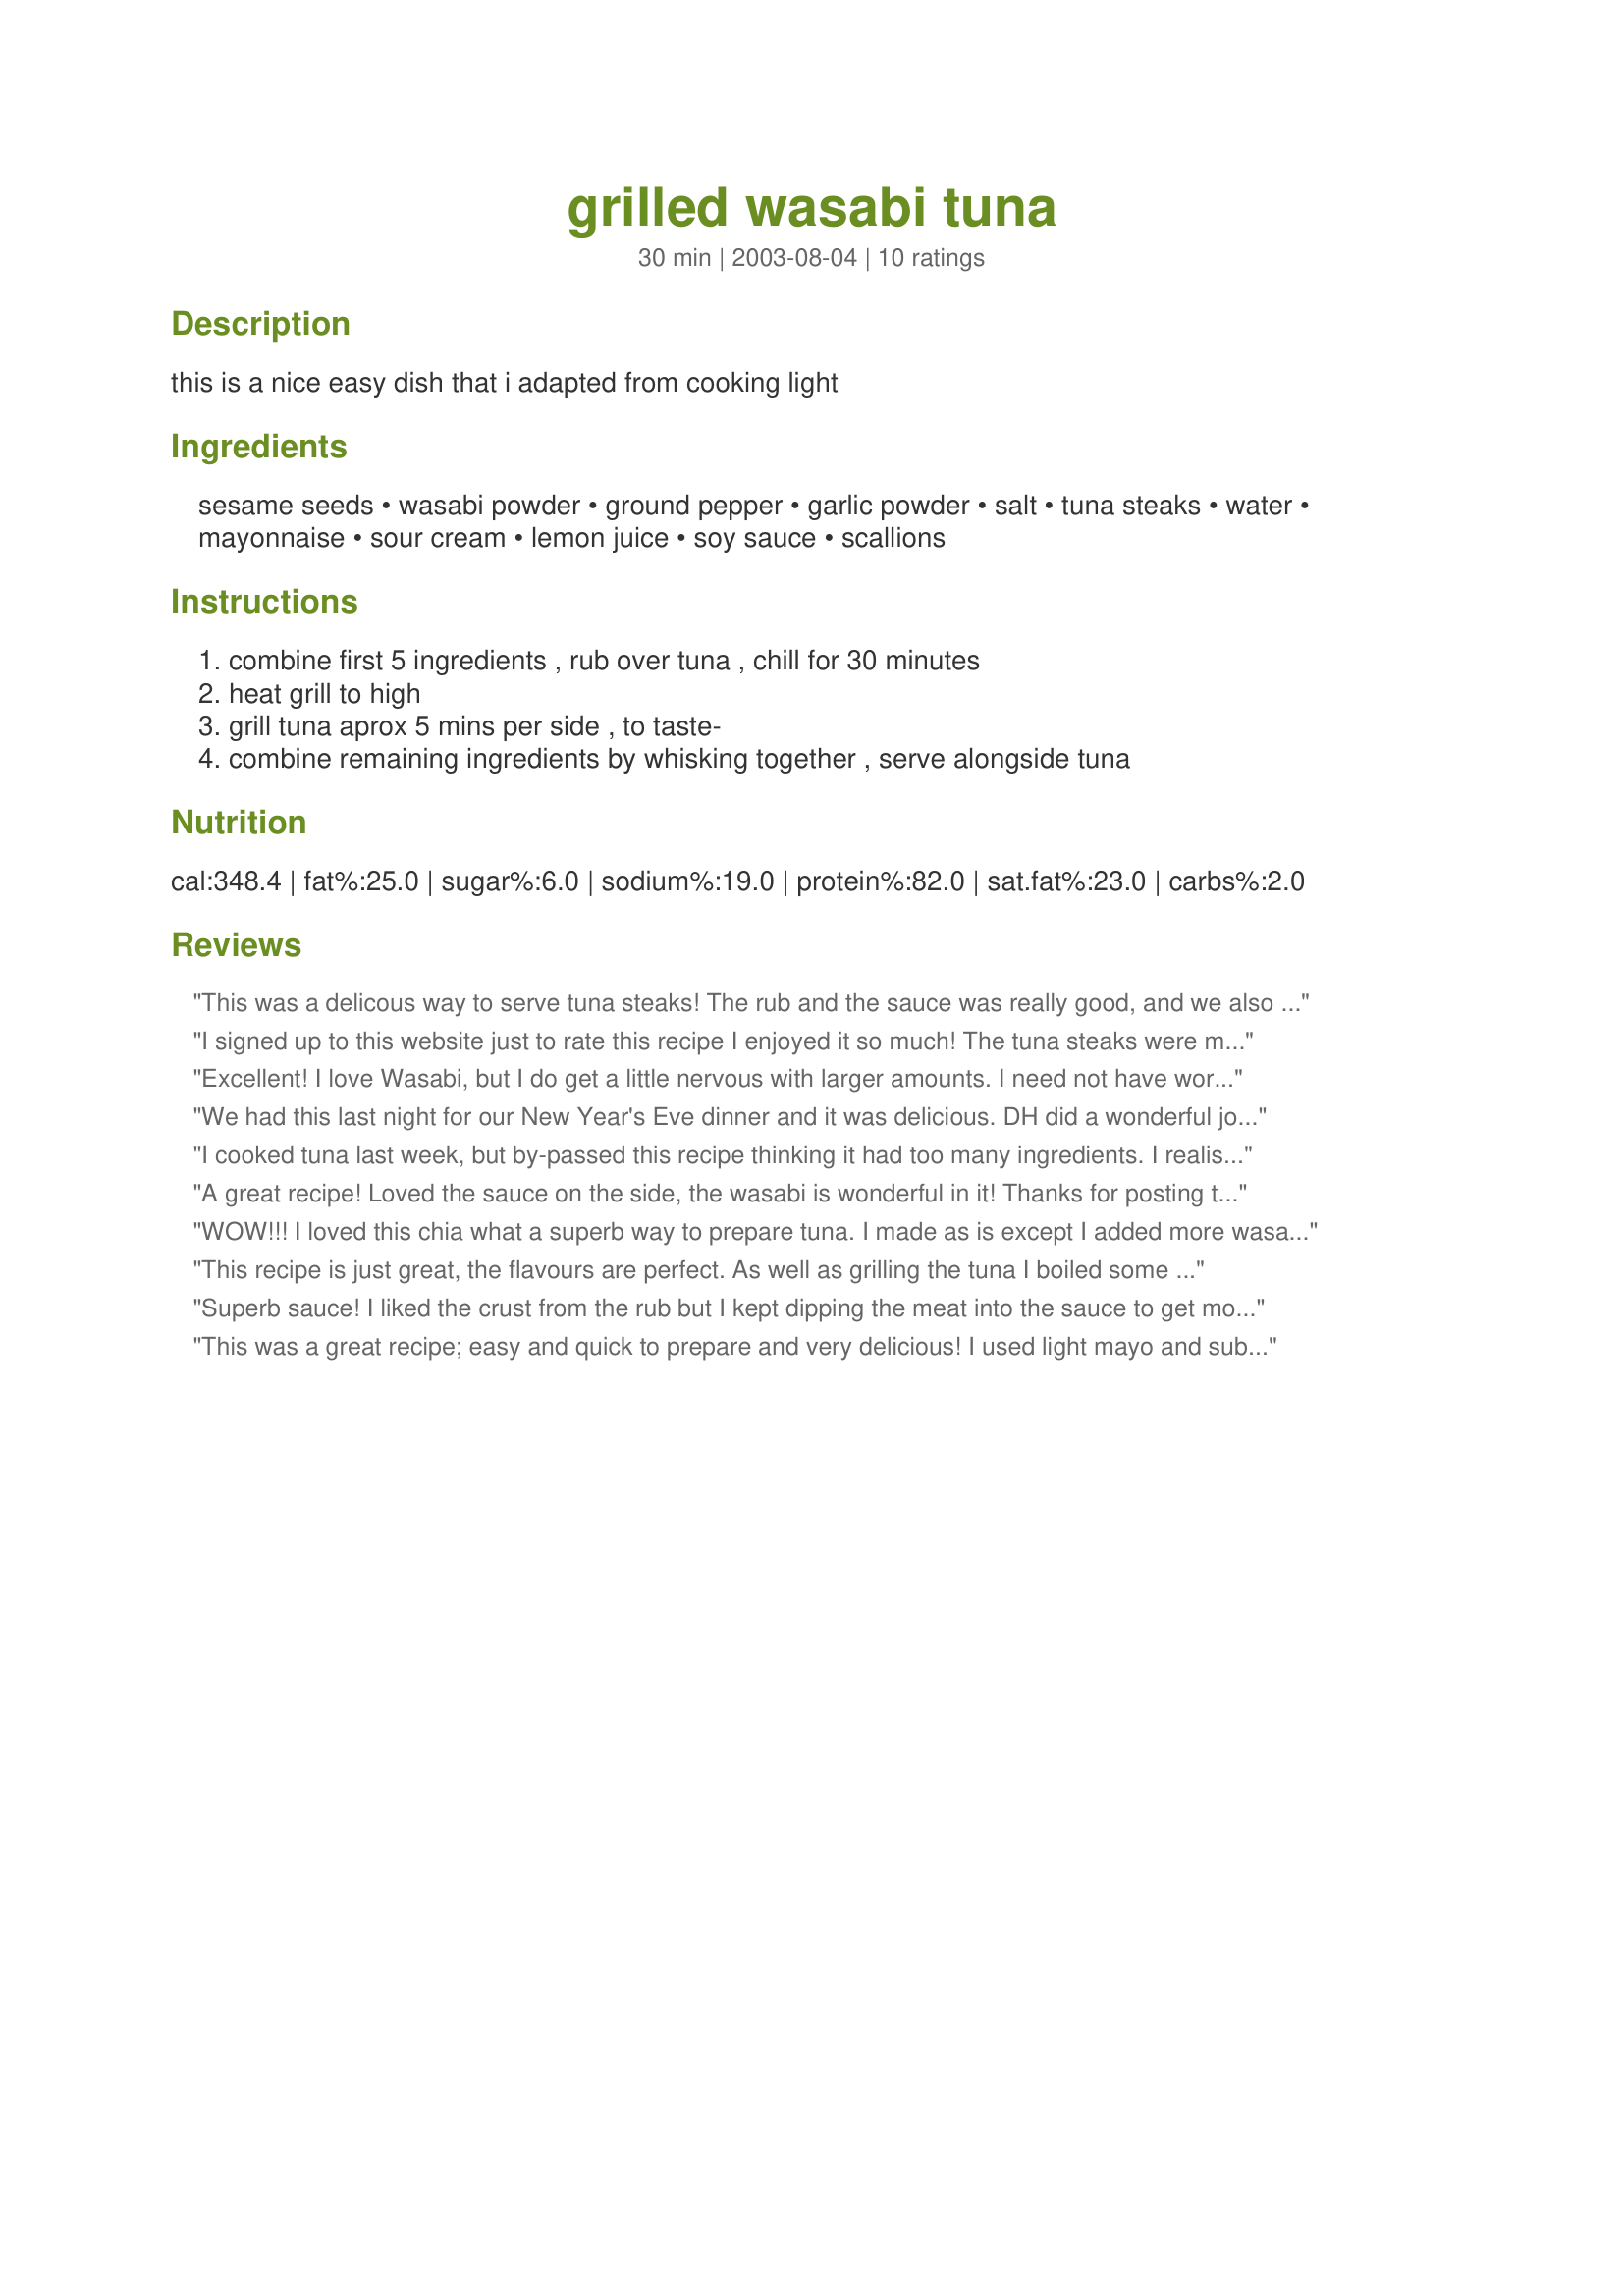
grilled wasabi tuna
Preparation time: 30 minutes

this is a nice easy dish that i adapted from cooking light

Ingredients:
sesame seeds, wasabi powder, ground pepper, garlic powder, salt, tuna steaks, water, mayonnaise, sour cream, lemon juice, soy sauce, scallions

Steps:
combine first 5 ingredients , rub over tuna , chill for 30 minutes, heat grill to high, grill tuna aprox 5 mins per side , to taste-, combine remaining ingredients by whisking together , serve alongside tuna

Reviews:
This was a delicous way to serve tuna steaks! The rub and the sauce was really good, and we also cooked ours about 7min on the foreman grill and it was well done. (Served with a side of the Yosabi noodles that come with the seasoning packet. Only thing I would change is the next time serve half a tuna steak per person, as the steaks were really filling! Thanks for posting!
I signed up to this website just to rate this recipe I enjoyed it so much! The tuna steaks were moist and succulent and the seasoning on the tuna was perfect; it had a great flavour but wasn't overpowering - this is definatly a keeper!!
Excellent! I love Wasabi, but I do get a little nervous with larger amounts. I need not have worried. We actually sliced the Tuna and served it on a bed of raw spinach. Next time I want to wilt the spinach and cream it with the sauce as a side dish, as there was plenty left over.
We had this last night for our New Year's Eve dinner and it was delicious. DH did a wonderful job of searing the tuna and it was moist and tender on the inside.
I cooked tuna last week, but by-passed this recipe thinking it had too many ingredients. I realise now I was wrong. This is so simple, and really shows off the flavour of the tuna to perfection. We ate this with a potato dish and steamed green vegetables. They were fantastic in the sauce too, and I think I'll be serving asparagus with it again!.
I cooked my thick tuna steaks 4 minutes each side, and by the time they were rested and photographed, they were beautifully pink all the way through.
A great recipe! Loved the sauce on the side, the wasabi is wonderful in it! Thanks for posting this Chia!!
WOW!!! I loved this chia what a superb way to prepare tuna. I made as is except I added more wasabi to the sauce, personal preference. Spice rub was fantastic, I did cook my tuna for less time only because we prefer it quite pink in the middle. I served this outstanding recipe with spinach topped with a sesame sauce. I also sliced the tuna and served the wasabi mayonnaise as a dip on the side as we were eating with chop sticks, so made for greater ease. You never disappoint and this really was exceptional!!! Cheers
This recipe is just great, the flavours are perfect. As well as grilling the tuna I boiled some baby chats and put the dressing on them it makes a tasty potato salad. Iused low fat mayo and yoghurt instead of sour cream so it was really a very healthy meal served with just a green salad.
Superb sauce! I liked the crust from the rub but I kept dipping the meat into the sauce to get more zing and moisture. Four minutes per side with 1-inch thick steaks was perfect for medium rare.
This was a great recipe; easy and quick to prepare and very delicious! I used light mayo and substituted greek yogurt for the sour cream....the sauce was fantastic!
